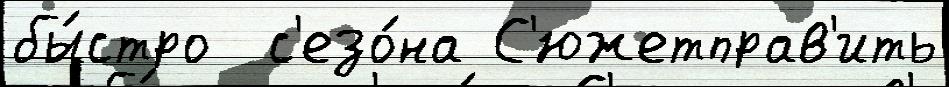
бы́стро  с'езо́на С'южетправ'ить